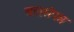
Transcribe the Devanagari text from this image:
बलसंपन्न